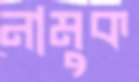
নামুক